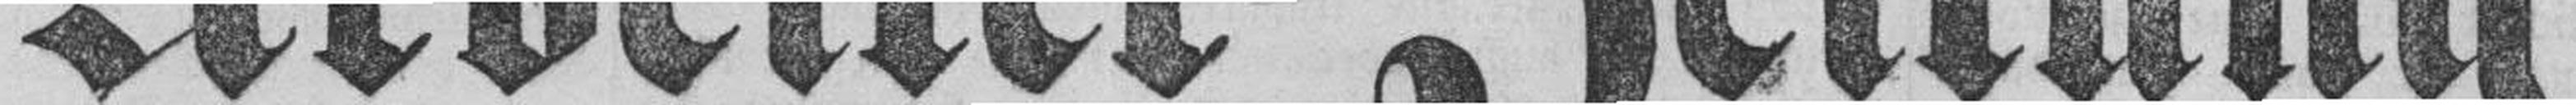
Arbeiter=Zeitung